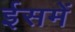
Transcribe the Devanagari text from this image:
ईसमें